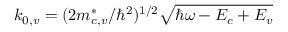
k _ { 0 , v } = ( 2 m _ { c , v } ^ { * } / \hbar ^ { 2 } ) ^ { 1 / 2 } \sqrt { \hbar \omega - E _ { c } + E _ { v } }